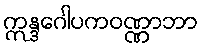
ဣန္ဒဂေါပကဝဏ္ဏာဘာ